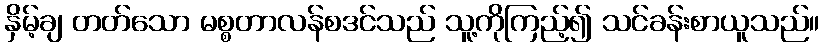
နှိမ့်ချ တတ်သော မစ္စတာလန်စဒင်သည် သူ့ကိုကြည့်၍ သင်ခန်းစာယူသည်။